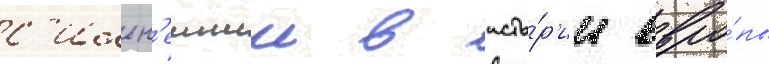
с'ильн'еишим в исто́р'ии евро́пы